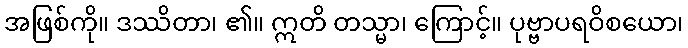
အဖြစ်ကို။ ဒဿိတာ၊ ၏။ ဣတိ တသ္မာ၊ ကြောင့်။ ပုဗ္ဗာပရဝိစယော၊